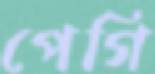
পেগি